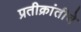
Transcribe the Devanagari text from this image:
प्रतीक्रांतीचे